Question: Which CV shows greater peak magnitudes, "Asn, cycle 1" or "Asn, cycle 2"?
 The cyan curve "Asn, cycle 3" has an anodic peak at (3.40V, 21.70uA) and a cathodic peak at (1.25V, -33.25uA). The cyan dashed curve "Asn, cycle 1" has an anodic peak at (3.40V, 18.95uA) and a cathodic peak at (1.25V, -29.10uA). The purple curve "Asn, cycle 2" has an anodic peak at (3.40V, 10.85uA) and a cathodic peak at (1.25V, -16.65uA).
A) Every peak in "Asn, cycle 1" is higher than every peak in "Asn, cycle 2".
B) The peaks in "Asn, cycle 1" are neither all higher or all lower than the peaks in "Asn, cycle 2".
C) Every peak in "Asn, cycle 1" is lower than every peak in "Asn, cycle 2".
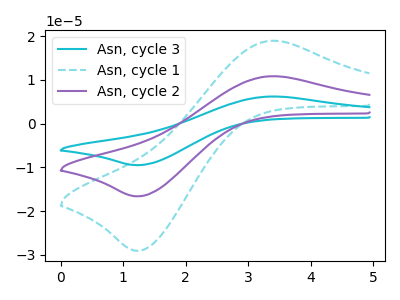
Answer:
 <answer>A) Every peak in "Asn, cycle 1" is higher than every peak in "Asn, cycle 2".</answer>
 <eval>A</eval>